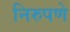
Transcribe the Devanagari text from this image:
निरुपणे